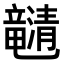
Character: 𤄯